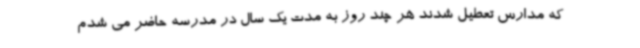
که مدارس تعطیل شدند هر چند روز به مدت یک سال در مدرسه حاضر می شدم